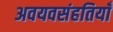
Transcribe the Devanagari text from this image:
अवयवसंहतियाँ